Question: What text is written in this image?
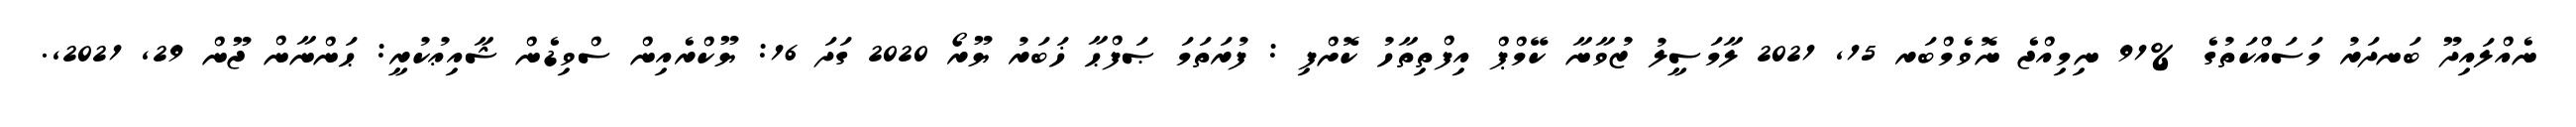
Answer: ނެއްލައިދޫ ބަނދަރު މަސައްކަތުގެ %91 ނިމިއްޖެ ނޮވެމްބަރ 15, 2021 ލާމަސީލު ޒުވާނާ ކޭމްޕް އިފްތިތާހު ކޮށްފި : ފުރަތަމަ ޞަފްޙާ ޚަބަރު ޔޫރޯ 2020 ގަދަ 16: ޔޫކްރެއިން ސްވިޑެން ޝާއިޢުކުރީ: ޙަންނާން ޖޫން 29, 2021,.